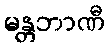
မန္တဘာဏီ